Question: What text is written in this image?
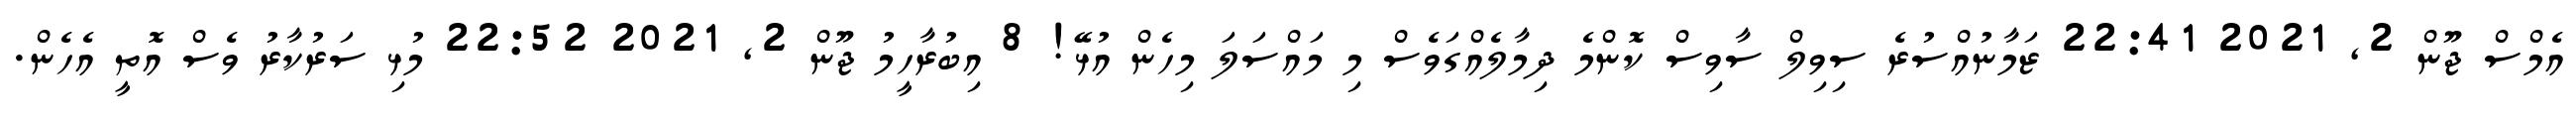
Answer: އެމްސް ޖޫން 2, 2021 22:41 ޒަމާނުއްސުރެ ސިވިލް ސާވިސް ކޮންމެ ދިމާލެއްގަވެސް މި މައްސަލަ މިހެން އުޅޭ! 8 އިބުރާހީމު ޖޫން 2, 2021 22:52 މުޅި ސަރުކާރު ވެސް އޮތީ އެހެން.